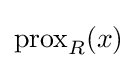
\operatorname {prox} _{R}(x)